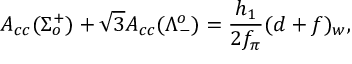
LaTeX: A _ { c c } ( \Sigma _ { o } ^ { + } ) + \sqrt { 3 } A _ { c c } ( \Lambda _ { - } ^ { o } ) = \frac { h _ { 1 } } { 2 f _ { \pi } } ( d + f ) _ { w } ,